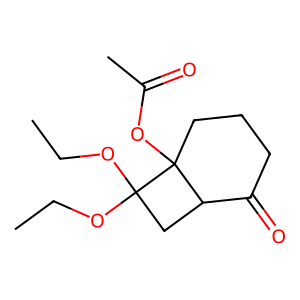
SMILES: CCOC1(OCC)CC2C(=O)CCCC21OC(C)=O
Inhibits HIV replication: No